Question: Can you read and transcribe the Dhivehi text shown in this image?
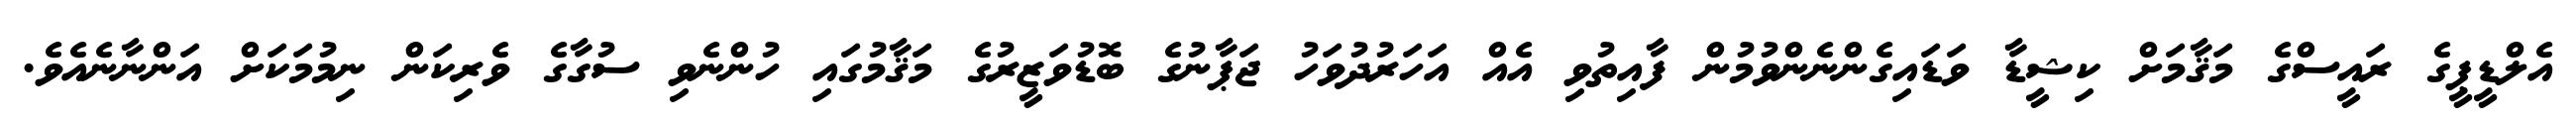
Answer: އެލްޑީޕީގެ ރައީސްގެ މަޤާމަށް ކިޝީޑާ ވަޑައިގެންނެންވުމުން ފާއިތުވި އެއް އަހަރުދުވަހު ޖަޕާނުގެ ބޮޑުވަޒީރުގެ މަޤާމުގައި ހުންނެވި ސުގާގެ ވެރިކަން ނިމުމަކަށް އަންނާނެއެވެ.